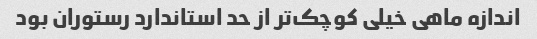
اندازه ماهی خیلی کوچک‌تر از حد استاندارد رستوران بود